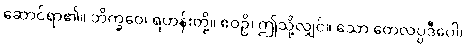
ဆောင်ရာ၏။ ဘိက္ခဝေ၊ ရဟန်းတို့။ ဧဝဉှိ၊ ဤသို့လျှင်။ သော တေလပ္ပဒီပေါ၊